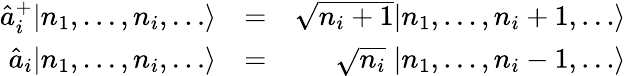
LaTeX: \begin{array}{rlr}{\hat{a}_{i}^{+}|n_{1},\dots,n_{i},\dots\rangle}&{=}&{\sqrt{n_{i}+1}|n_{1},\dots,n_{i}+1,\dots\rangle}\\ {\hat{a}_{i}|n_{1},\dots,n_{i},\dots\rangle}&{=}&{\; \; \; \; \; \sqrt{n_{i}}\; |n_{1},\dots,n_{i}-1,\dots\rangle}\end{array}